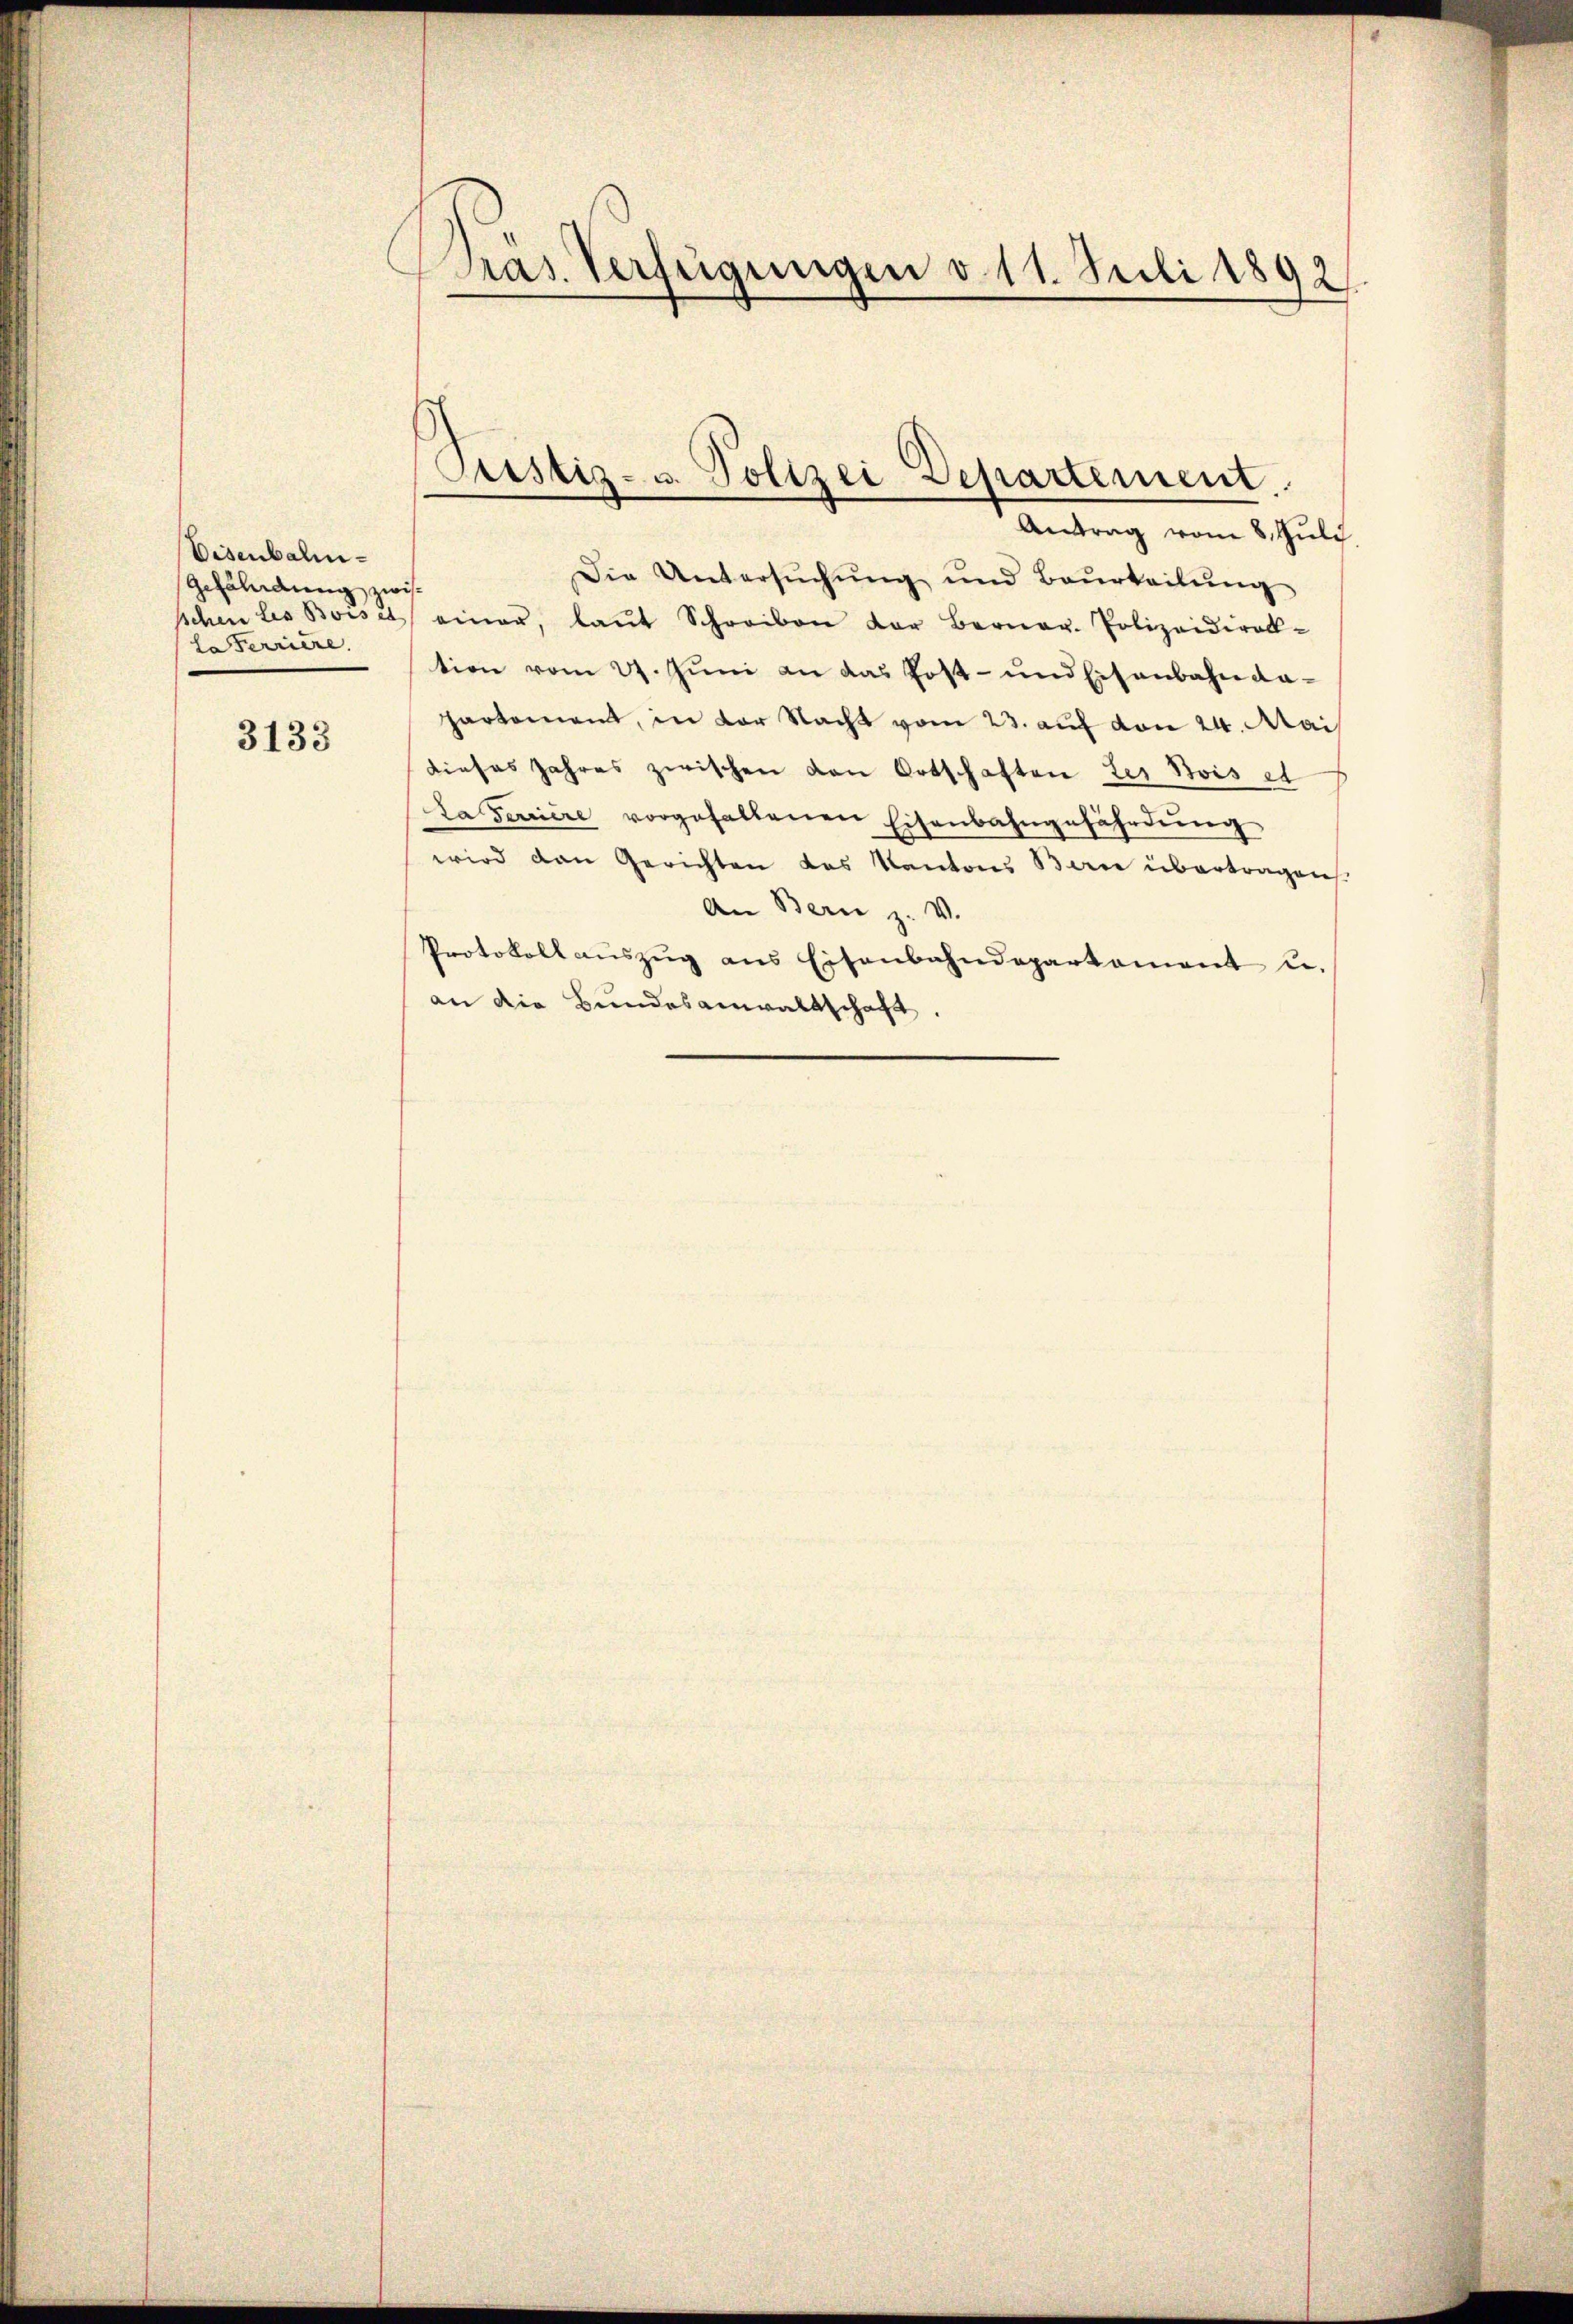
Eisenbali¬
Gefährdung zwis
Laferriere.

3133

Pras. Verfügungen v. 11. Juli 1892.

Die Untersŭchŭng und Beurteilŭng
schen les Boisel einer, laŭt Schreiben der Berner Polizeidiral-
tion vom 21. Juni an das Post- und Eisenbahn da-
partement, in der Nacht vom 23. auf von 24. Mai
dieses Jahres zwischen von Ortschaften der Bois et
La ferire vorgehaltenen Eisenbahngefährdung
wird den Gerichten das Kantons Bern übertragen
An Bern z. V.
Protokoll aŭszŭg ans Eisenbahndepartament u.
an die Bundesanwaltschaft.

Justiz- u. Polizei Departement.
Antrag vom 8. Juli